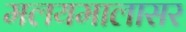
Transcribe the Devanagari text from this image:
मलयमालासर